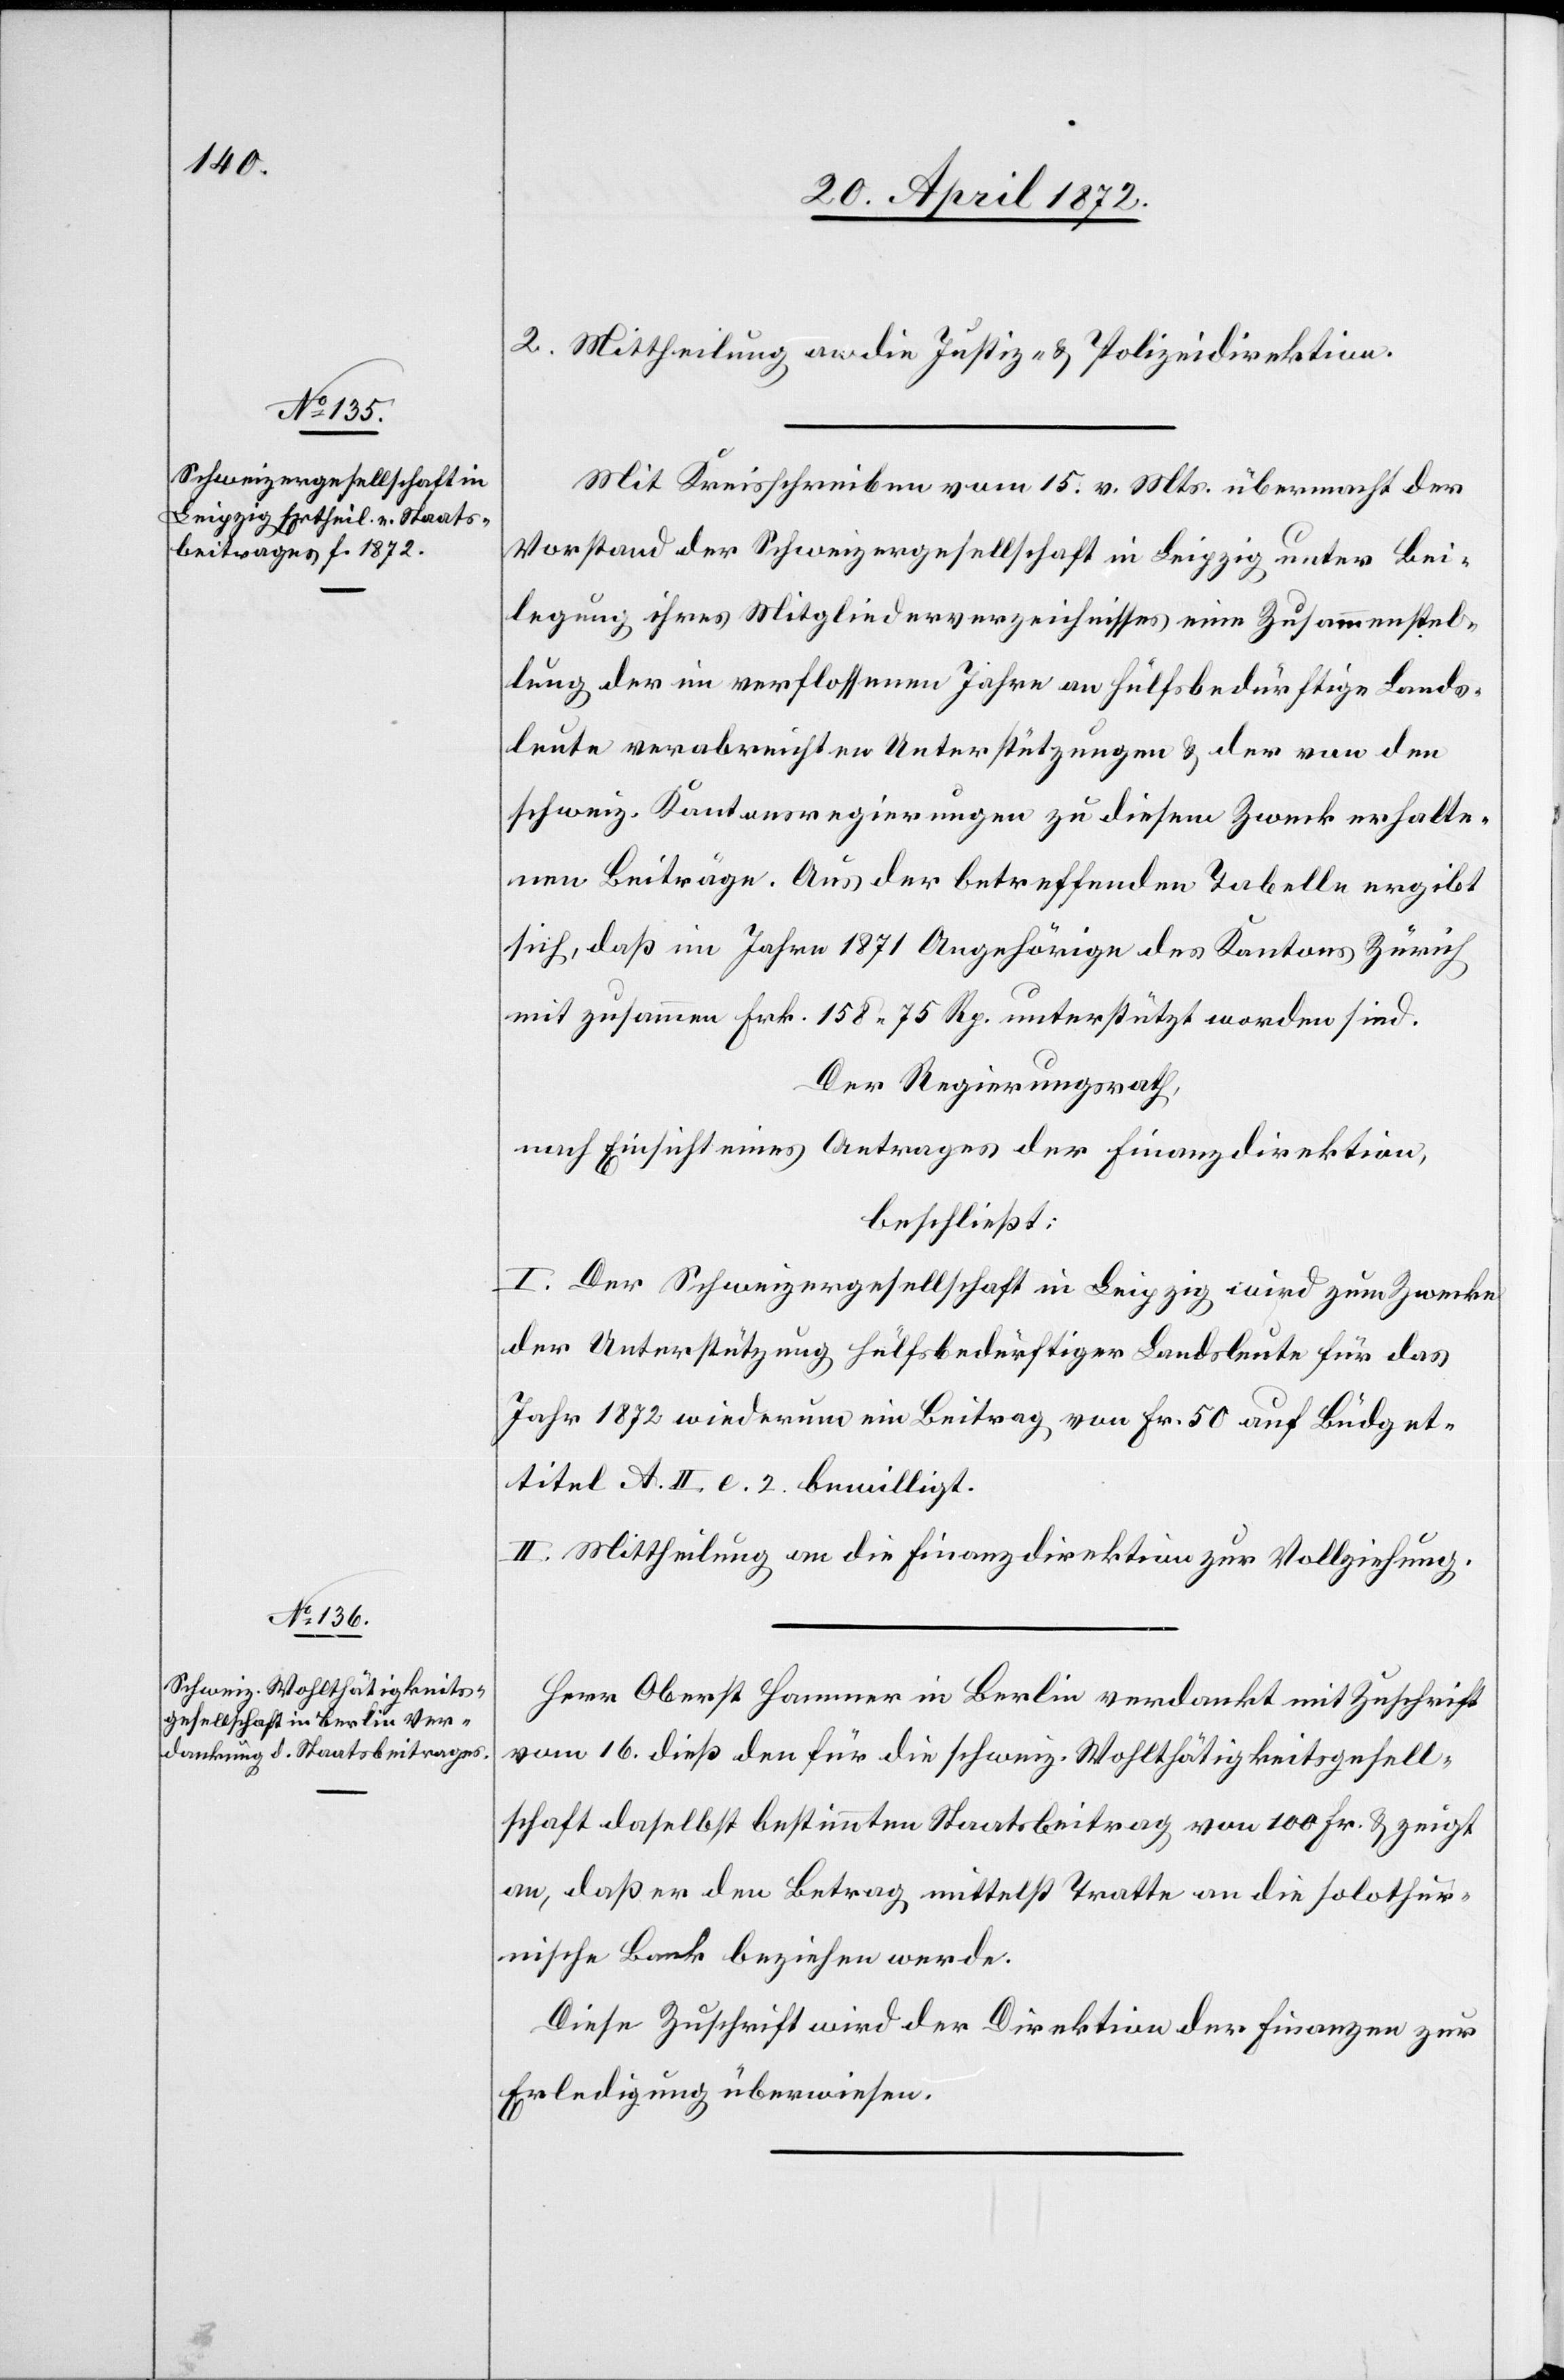
2. Mittheilung an die Justiz- u. Polizeidirektion.
Mit Kreisschreiben vom 15. v. Mts. übermacht der
Vorstand der Schweizergesellschaft in Leipzig unter Bei¬
legung ihres Mitgliederverzeichnisses eine Zusammenstel¬
lung der im verflossenen Jahre an hülfsbedürftige Lands¬
leute verabreichten Unterstützungen u. der von den
schweiz. Kantonsregierungen zu diesem Zweck erhalte¬
nen Beiträge. Aus der betreffenden Tabelle ergibt
sich, daß im Jahre 1871 Angehörige des Kantons Zürich
mit zusammen Frk. 158 75 Rp. unterstützt worden sind.
Der Regierungsrath,
nach Einsicht eines Antrages der Finanzdirektion,
beschließt:
I. Der Schweizergesellschaft in Leipzig wird zum Zwecke
der Unterstützung hülfsbedürftiger Landsleute für das
Jahr 1872 wiederum ein Beitrag von Fr. 50 auf Büdget¬
titel A. II. e. 2. bewilligt.
II. Mittheilung an die Finanzdirektion zur Vollziehung.
Herr Oberst Hammer in Berlin verdankt mit Zuschrift
vom 16. dieß den für die schweiz. Wohlthätigkeitsgesell¬
schaft daselbst bestimmten Staatsbeitrag von 100 Fr. u. zeigt
an, daß er den Betrag mittelst Tratte an die solothur¬
nische Bank beziehen werde.
Diese Zuschrift wird der Direktion der Finanzen zur
Erledigung überwiesen.